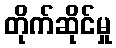
တိုက်ဆိုင်မှု